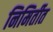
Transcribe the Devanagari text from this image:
निमिर्तीत